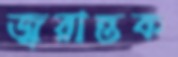
জ্বরান্তক